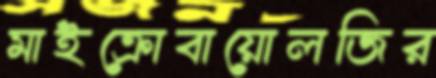
মাইক্রোবায়োলজির